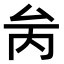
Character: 𠫧